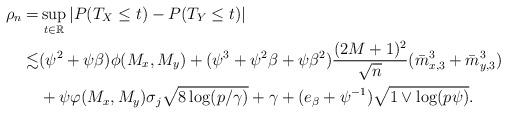
LaTeX: \begin{align*}\rho_n=&\sup_{t\in\mathbb{R}}|P(T_X\leq t)-P(T_Y\leq t)|\\ \lesssim &(\psi^2+\psi\beta)\phi(M_{x},M_y)+(\psi^3+\psi^2\beta+\psi\beta^2)\frac{(2M+1)^{2}}{\sqrt{n}}(\bar{m}_{x,3}^3+\bar{m}_{y,3}^3)\\&+\psi\varphi(M_{x},M_y)\sigma_j\sqrt{8\log(p/\gamma)}+\gamma+(e_{\beta}+\psi^{-1})\sqrt{1\vee\log (p\psi)}.\end{align*}